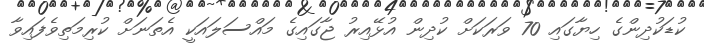
ކުޑަކުދިންގެ ހިޔާގައި 70 ވަރަކަށް ކުދިން އުޅޭއިރު ޖާގައިގެ މައްސަލައަކީ އެތަނަށް ކުރިމަތިވެފައިވާ